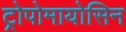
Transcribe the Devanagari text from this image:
ट्रोपोमायोसिन